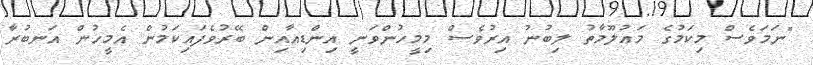
"ނަމަވެސް މިކަމުގެ މަޢުލޫމާތު ލިބުނު އިރުވެސް މިމީހުންވަނީ އިންޑިއާއިން ބޭރުވެފައިކަމުން އެމީހުން އަނބުރާ